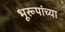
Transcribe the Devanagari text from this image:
भूरूपांच्या